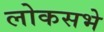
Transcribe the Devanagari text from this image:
लोकसभे